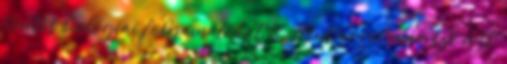
fontos biológiai folyamatokat is. Mint arról már szó volt,